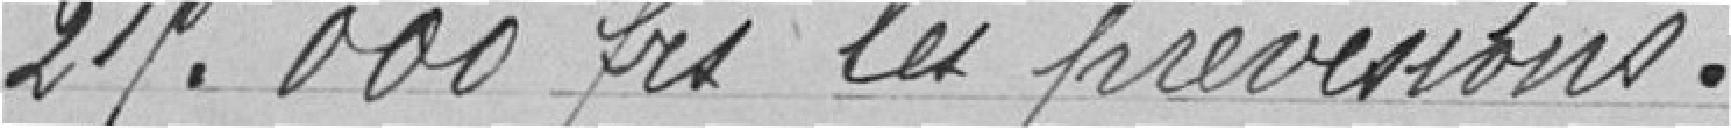
25.000 francs les prévisions.